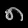
Digit: ၈